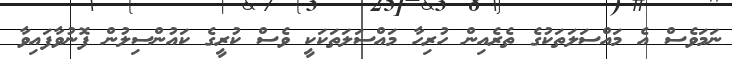
ނަމަވެސް އެ މައްސަލަތަކުގެ ތެރެއިން ހުރިހާ މައްސަލަތަކަކީ ވެސް ކުރީގެ ކައުންސިލުން ފޮނުވާފައިވާ